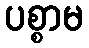
ပစ္စာမ